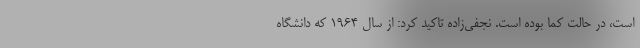
است، در حالت کما بوده است. نجفی‌زاده تاکید کرد: از سال ۱۹۶۴ که دانشگاه